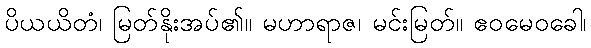
ပိယယိတံ၊ မြတ်နိုးအပ်၏။ မဟာရာဇ၊ မင်းမြတ်။ ဧဝမေဝခေါ၊